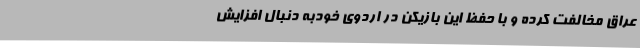
عراق مخالفت کرده و با حفظ این بازیکن در اردوی خودبه دنبال افزایش